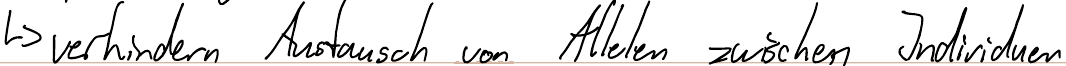
-> verhindern Austausch von Allelen zwischen Individuen